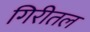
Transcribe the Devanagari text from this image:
गिरीतल